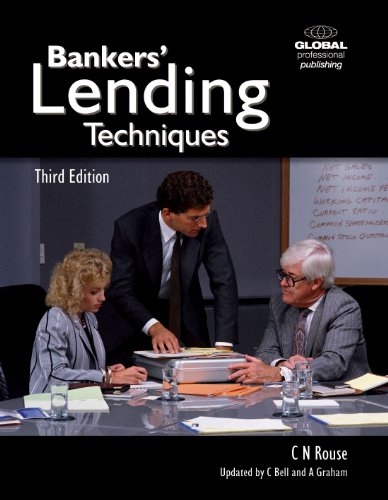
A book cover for Bankers' Lending Techniques; Nick Rouse; Law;